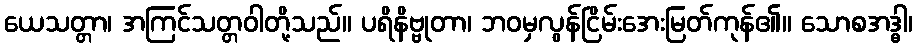
ယေသတ္တာ၊ အကြင်သတ္တဝါတို့သည်။ ပရိနိဗ္ဗုတာ၊ ဘဝမှလွန်ငြိမ်းအေးမြတ်ကုန်၏။ သောစအဒ္ဓါ၊